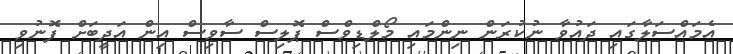
އެމައްސަލާގައި ދައުވާ ނުކުރަން ނިންމައި މޯލްޑިވްސް ޕޮލިސް ސާވިސް އިން އަދީބަށް ފޮނުވި